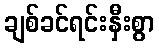
ချစ်ခင်ရင်းနှီးစွာ